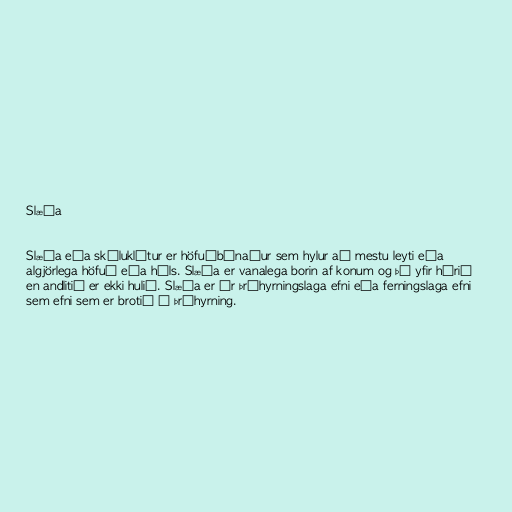
Slæða

Slæða eða skýluklútur er höfuðbúnaður sem hylur að mestu leyti eða
algjörlega höfuð eða háls. Slæða er vanalega borin af konum og þá yfir hárið
en andlitið er ekki hulið. Slæða er úr þríhyrningslaga efni eða ferningslaga efni
sem efni sem er brotið í þríhyrning.